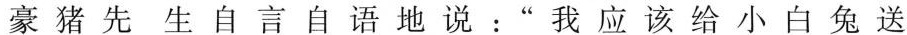
豪猪先生自言自语地说:"我应该给小白兔送